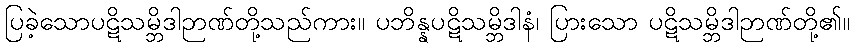
ပြခဲ့သောပဋိသမ္ဘိဒါဉာဏ်တို့သည်ကား။ ပဘိန္နပဋိသမ္ဘိဒါနံ၊ ပြားသော ပဋိသမ္ဘိဒါဉာဏ်တို့၏။